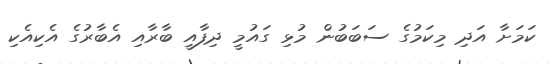
ކަމަށާ އަދި މިކަމުގެ ސަބަބުން މުޅި ގައުމީ ދިފާއީ ބާރާއި އެބާރުގެ އެކިއެކި